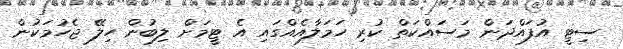
ސިޓީ އުފައްދަން މަސައްކަތް ކުރި ހަމަލާއެއްގައި އެ ޓީމަށް ލިބުން ހިލޭ ޖެހުމަކުން